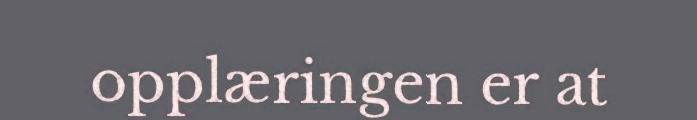
opplæringen er at